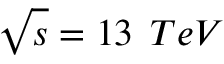
\sqrt { s } = 1 3 \, \; T e V